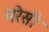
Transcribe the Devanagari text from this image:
मरेसी